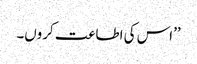
’’اس کی اطاعت کروں۔